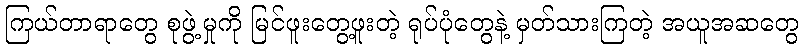
ကြယ်တာရာတွေ စုဖွဲ့မှုကို မြင်ဖူးတွေ့ဖူးတဲ့ ရုပ်ပုံတွေနဲ့ မှတ်သားကြတဲ့ အယူအဆတွေ